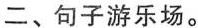
二、句子游乐场。